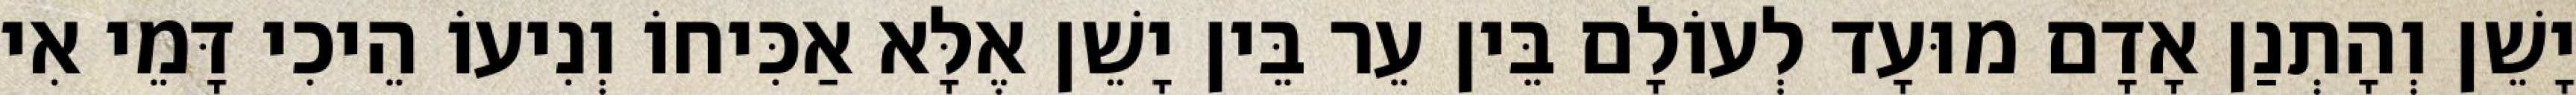
יָשֵׁן וְהָתְנַן אָדָם מוּעָד לְעוֹלָם בֵּין עֵר בֵּין יָשֵׁן אֶלָּא אַכִּיחוֹ וְנִיעוֹ הֵיכִי דָּמֵי אִי